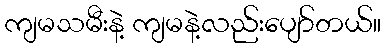
ကျမသမီးနဲ့ ကျမနဲ့လည်းပျော်တယ်။